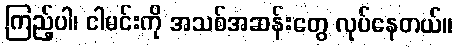
ကြည့်ပါ၊ ငါမင်းကို အသစ်အဆန်းတွေ လုပ်နေတယ်။